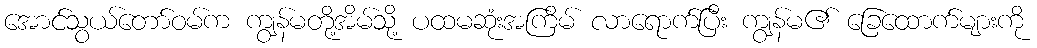
အောင်သွယ်တော်ဝမ်က ကျွန်မတို့အိမ်သို့ ပထမဆုံးအကြိမ် လာရောက်ပြီး ကျွန်မ၏ ခြေထောက်များကို